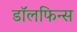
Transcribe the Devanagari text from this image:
डॉलफिन्स